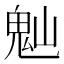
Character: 𩲀